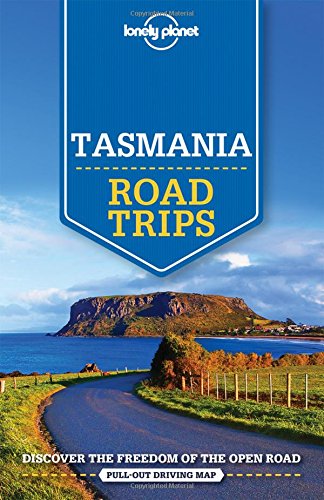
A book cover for Lonely Planet Tasmania Road Trips (Travel Guide); Lonely Planet; Travel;